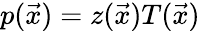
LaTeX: p(\vec{x})=z(\vec{x})T(\vec{x})